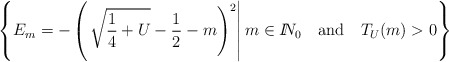
\begin{align*}\left\{E_m=-\left(\left.\sqrt{\frac14+U}-\frac12-m\right)^2\right|m\in I\!\!N_0 \quad\mbox{and}\quad T_U(m)>0\right\}\end{align*}